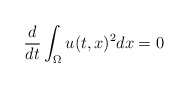
\begin{align*}\frac{d}{dt}\int \nolimits_{\Omega }u(t,x)^{2}dx=0 \end{align*}